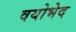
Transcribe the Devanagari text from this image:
वयोभेद